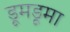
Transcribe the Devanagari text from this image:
डूमडूमा